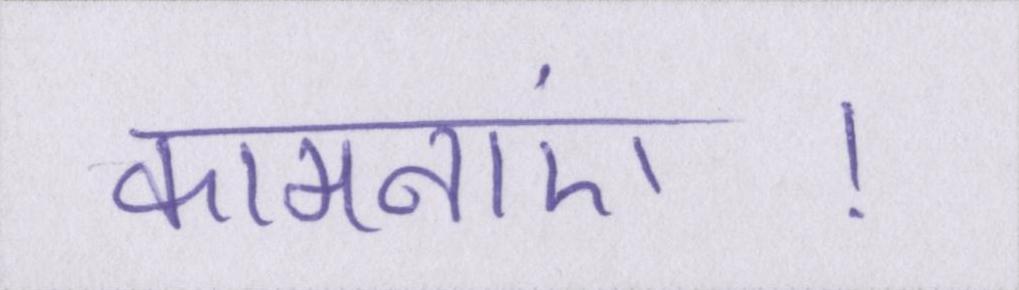
कामनाएं।